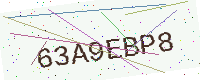
Text: 63A9EBP8